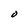
Character: O